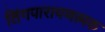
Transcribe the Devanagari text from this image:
लिंगपारायणत्मक